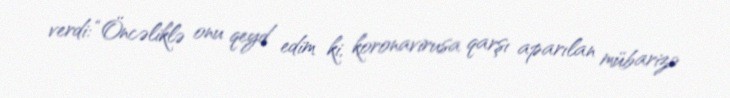
verdi: “Öncəliklə onu qeyd edim ki, koronavirusa qarşı aparılan mübarizə